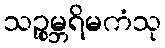
သဉ္စုမ္ဘရိမကံသု